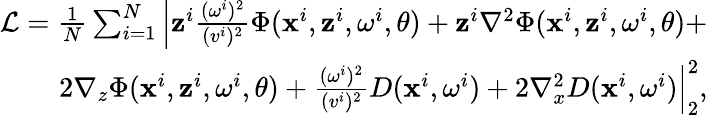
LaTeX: \begin{array}{r}{\mathcal{L}=\frac{1}{N}\sum_{i=1}^{N}\left|\mathbf{z}^{i}\frac{(\mathbf{\omega}^{i})^{2}}{(v^{i})^{2}}\Phi(\mathbf{x}^{i},\mathbf{z}^{i},\mathbf{\omega}^{i},\theta)+\mathbf{z}^{i}\nabla^{2}\Phi(\mathbf{x}^{i},\mathbf{z}^{i},\mathbf{\omega}^{i},\theta)+\right.}\\ {\left.2\nabla_{z}\Phi(\mathbf{x}^{i},\mathbf{z}^{i},\mathbf{\omega}^{i},\theta)+\frac{(\mathbf{\omega}^{i})^{2}}{(v^{i})^{2}}D(\mathbf{x}^{i},\mathbf{\omega}^{i})+2\nabla_{x}^{2}D(\mathbf{x}^{i},\mathbf{\omega}^{i})\right|_{2}^{2},}\end{array}